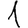
Digit: 1